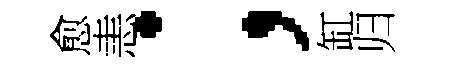
愈恚；缸归